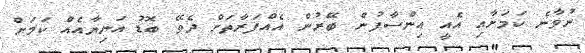
ނުވާނެ ކަމަށާއި އެއީ އިންސާފުން ބޭރުން އެއްފަރާތަށް ދެވޭ ބޮޑު އަނިޔާއެއް ކަމަށް